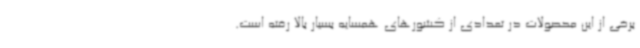
برخی از این محصولات در تعدادی از کشورهای همسایه بسیار بالا رفته است.